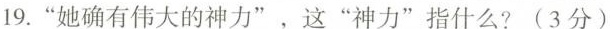
19.“她确有伟大的神力”，这”神力”指什么?(3分)